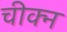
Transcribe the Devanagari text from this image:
चीक्न